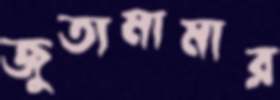
জুতামামার